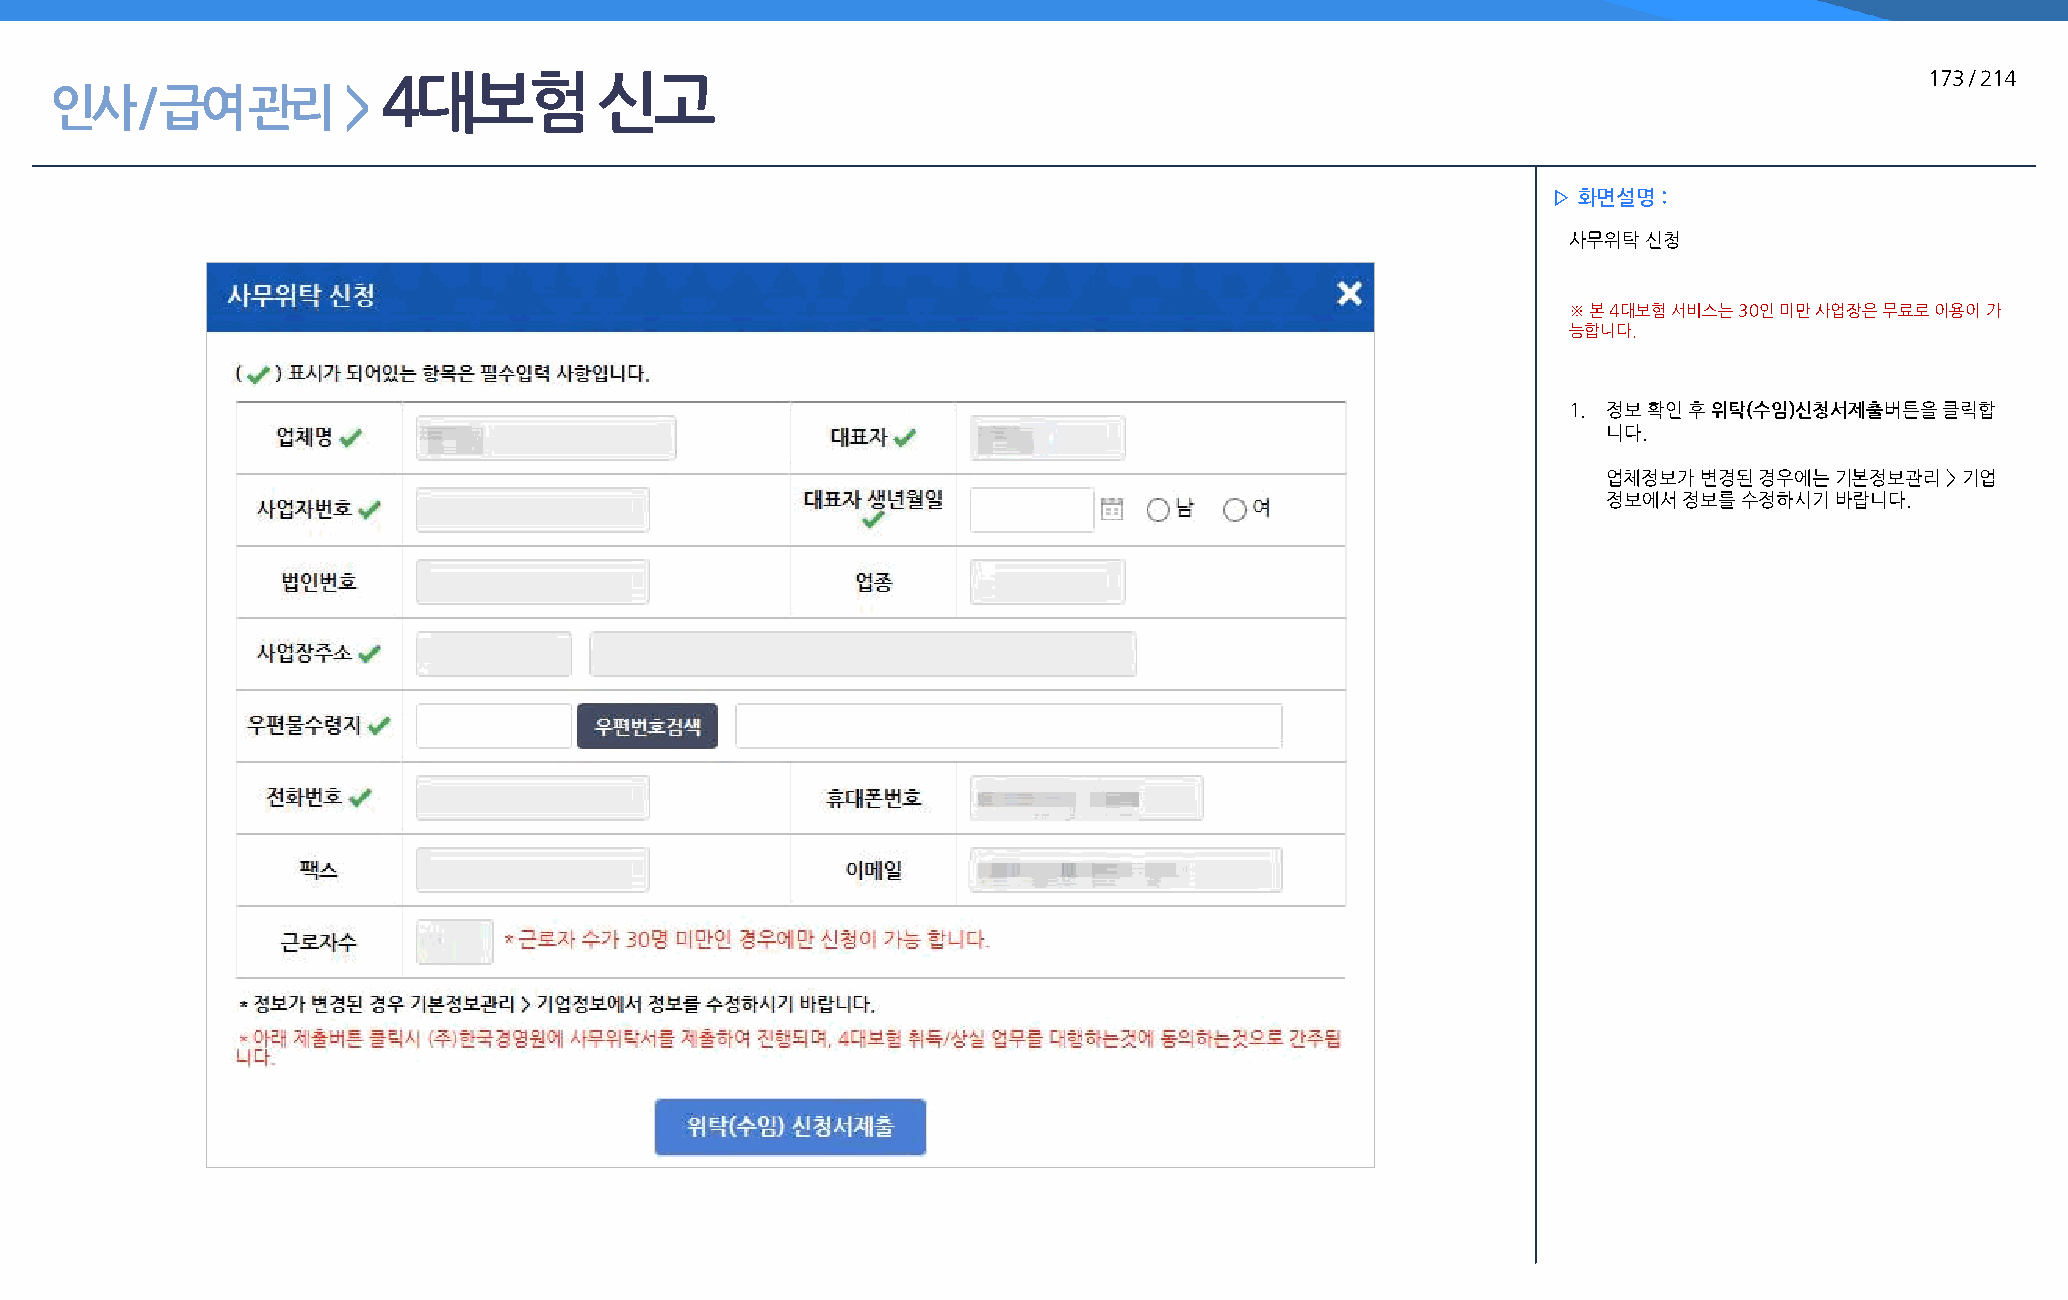
4대보험          신고                                                                                       173 / 214
 인사    / 급여   관리     >
 ▷ 화면설명 :
 사무위탁 신청
 ※ 본 4대보험 서비스는 30인 미만 사업장은 무료로 이용이 가
 능합니다.
 1. 정보 확인 후 위탁(수임)신청서제출버튼을 클릭합
 니다.
 업체정보가  변경된 경우에는 기본정보관리 > 기업
 정보에서 정보를 수정하시기 바랍니다.